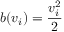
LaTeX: b ( v _ { i } ) = { \frac { v _ { i } ^ { 2 } } { 2 } }